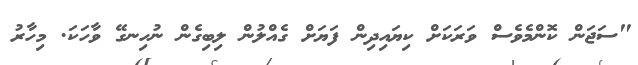
"ސަޖަން ކޮންމެވެސް ވަރަކަށް ކިޔައިދިން ފަޔަށް ގެއްލުން ލިބިގެން ނުހިނގޭ ވާހަކަ. މިހާރު